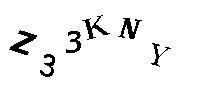
Z33KNY